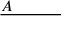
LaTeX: { \underline { { A \quad \quad \quad } } } \,